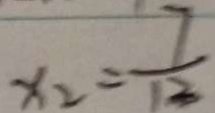
x _ { 2 } = \frac { 7 } { 1 3 }